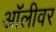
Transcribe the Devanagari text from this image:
ऑलीवर